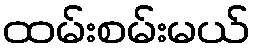
ထမ်းစမ်းမယ်